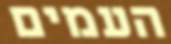
העמים